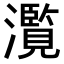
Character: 𤂺